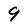
Character: 9